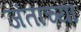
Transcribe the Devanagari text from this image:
जंताच्या